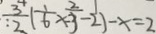
: \frac { 3 } { 2 } ( \frac { 1 } { 6 } x - \frac { 2 } { 3 } - 2 ) - x = 2 1